Indian journal of veterinary science and animal husbandry - Volume 13,
Year: 1943
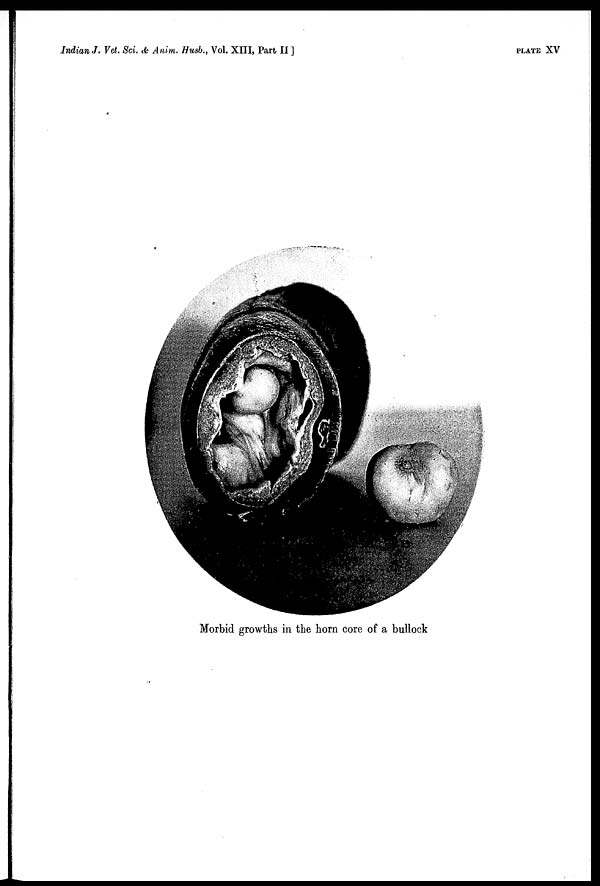
Indian J. Vet. Sci. & Anim. Husb., Vol. XIII, Part II ]
PLATE XV
Morbid growths in the horn core of a bullock